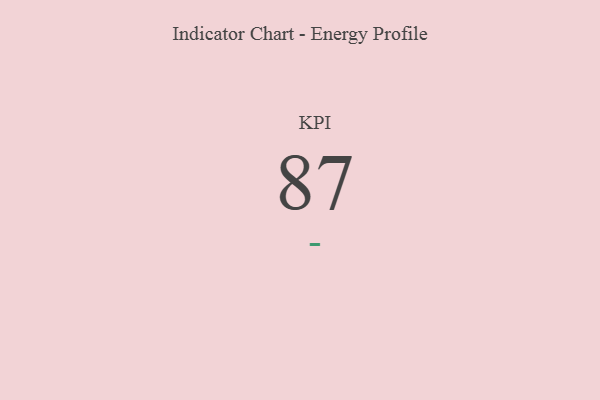
{"axis": {"x": "KPI", "y": "Value"}, "legend": [""], "data": [{"x": "KPI", "y": 87, "type": ""}]}